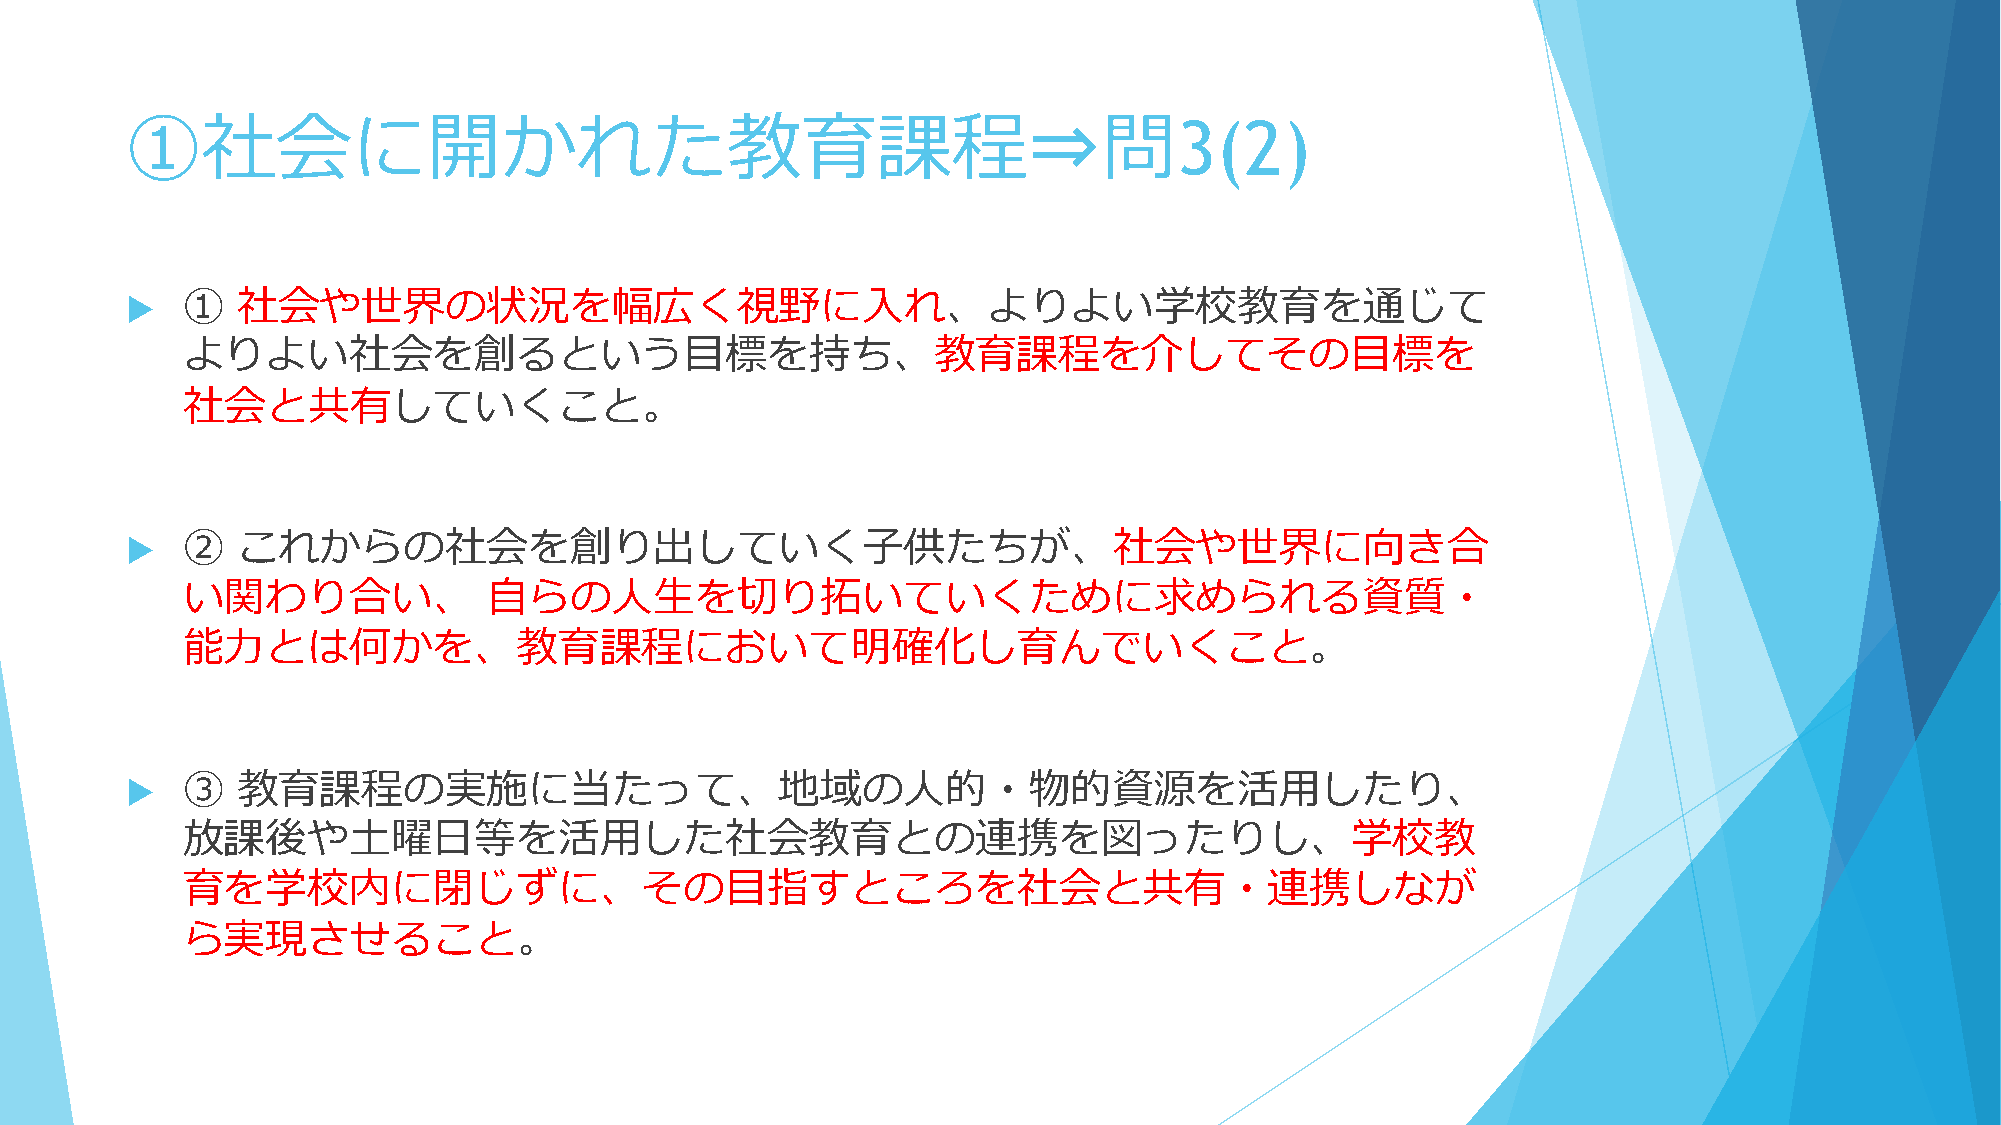
①社会に開かれた教育課程⇒問3(2)
 ①   社会や世界の状況を幅広く視野に入れ、よりよい学校教育を通じて
 
 よりよい社会を創るという目標を持ち、教育課程を介してその目標を
 社会と共有していくこと。
 ②   これからの社会を創り出していく子供たちが、社会や世界に向き合
 
 い関わり合い、             自らの人生を切り拓いていくために求められる資質・
 能力とは何かを、教育課程において明確化し育んでいくこと。
 ③   教育課程の実施に当たって、地域の人的・物的資源を活用したり、
 
 放課後や土曜日等を活用した社会教育との連携を図ったりし、学校教
 育を学校内に閉じずに、その目指すところを社会と共有・連携しなが
 ら実現させること。